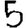
Digit: 5